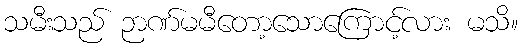
သမီးသည် ဉာဏ်မမီတော့သောကြောင့်လား မသိ။